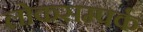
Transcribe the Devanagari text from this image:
लोकसम्पर्क